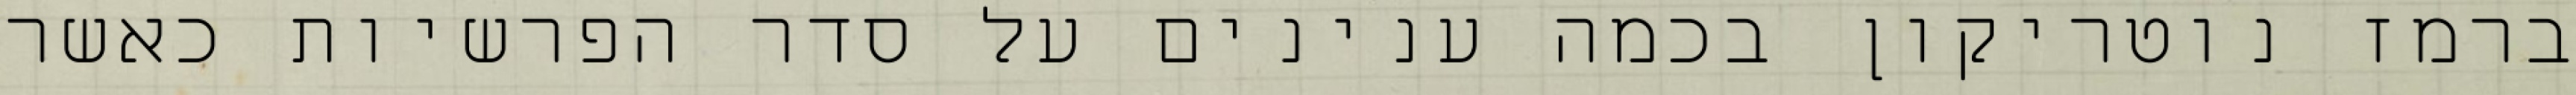
ברמז נוטריקון בכמה ענינים על סדר הפרשיות כאשר